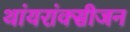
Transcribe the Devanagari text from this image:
थांयरांक्सीजन